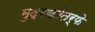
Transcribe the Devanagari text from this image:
मुद्रकांतर्फे